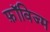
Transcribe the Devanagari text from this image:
फ़ॉविज्म